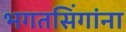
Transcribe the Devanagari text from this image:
भगतसिंगांना